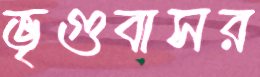
ভৃগুবাসর